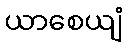
ယာစေယျံ